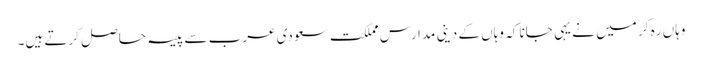
وہاں ره کر میں نے یہی جانا کہ وہاں کے دینی مدارس مملکت سعودی عرب سے پیسہ حاصل کرتے ہیں۔